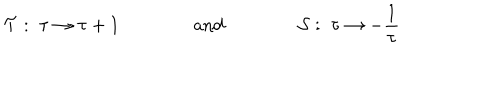
LaTeX: { \cal T } : \; \tau \rightarrow \tau + 1 \qquad \qquad \textrm { a n d } \qquad \qquad { \cal S } : \; \tau \rightarrow - \frac { 1 } { \tau }